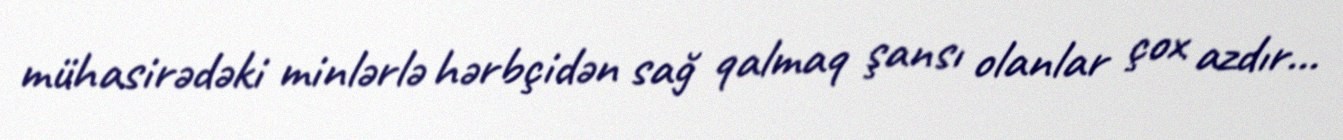
mühasirədəki minlərlə hərbçidən sağ qalmaq şansı olanlar çox azdır...